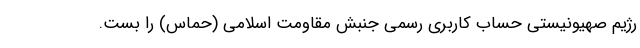
رژیم صهیونیستی حساب کاربری رسمی جنبش مقاومت اسلامی (حماس) را بست.